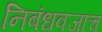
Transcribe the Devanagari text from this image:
निबंधवजाच